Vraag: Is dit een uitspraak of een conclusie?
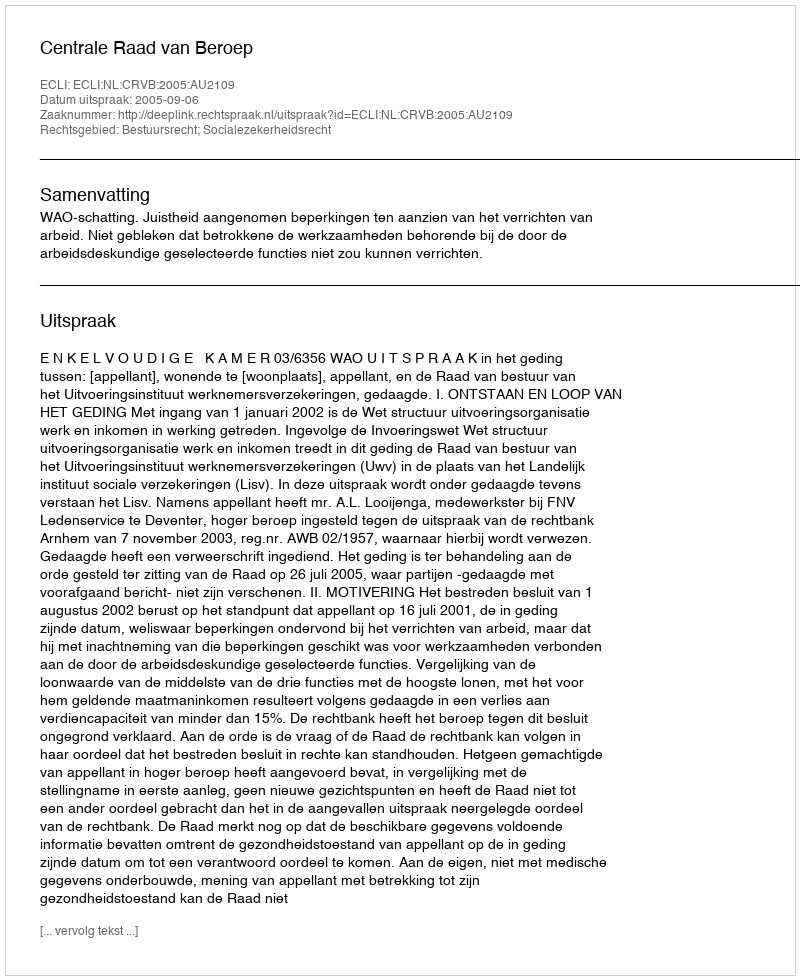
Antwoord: Uitspraak